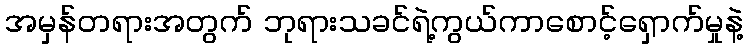
အမှန်တရားအတွက် ဘုရားသခင်ရဲ့ကွယ်ကာစောင့်ရှောက်မှုနဲ့